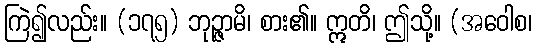
ကြဲ၍လည်း။ (၁၇၅) ဘုဉ္ဇာမိ၊ စား၏။ ဣတိ၊ ဤသို့။ (အဝေါစ၊